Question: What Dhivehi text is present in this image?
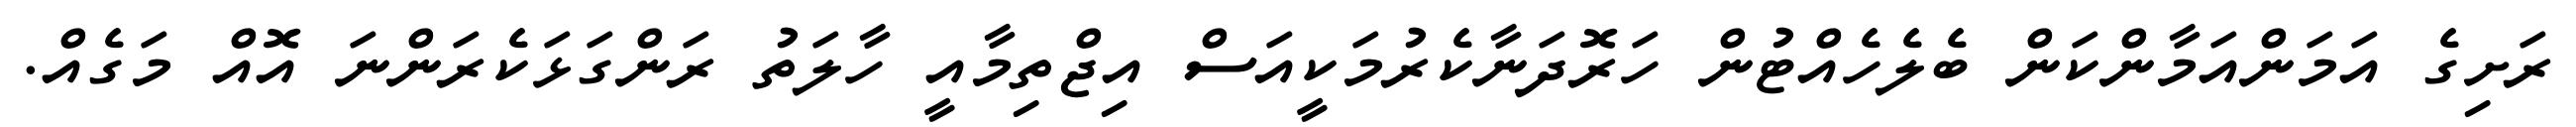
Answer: ރަށިގެ އަމަންއަމާންކަން ބެލެހެއްޓުން ހަރޮދަނާކެރުމަކީއަސް އިޖްތިމާއީ ހާލަތު ރަންގަޅަކެރަންނަ އޮއް މަގެއް.